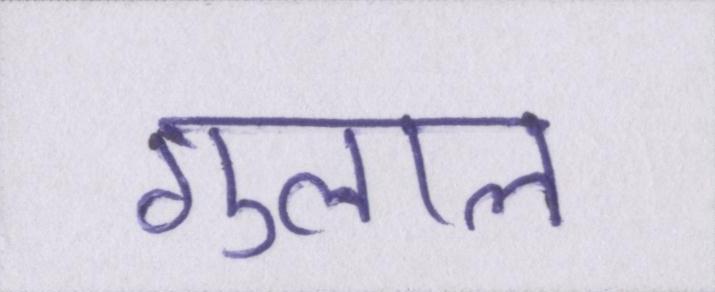
गुलाल